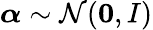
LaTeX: \boldsymbol\alpha\sim\mathcal{N}({\mathbf 0,I})